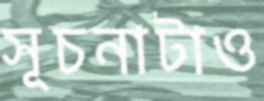
সূচনাটাও